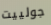
جولييت